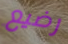
رضيع